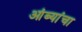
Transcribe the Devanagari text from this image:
आंब्यांचा